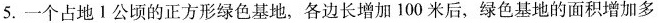
5.一个占地Ⅰ公顷的正方形绿色基地，各边长增加100米后，绿色基地的面积增加多